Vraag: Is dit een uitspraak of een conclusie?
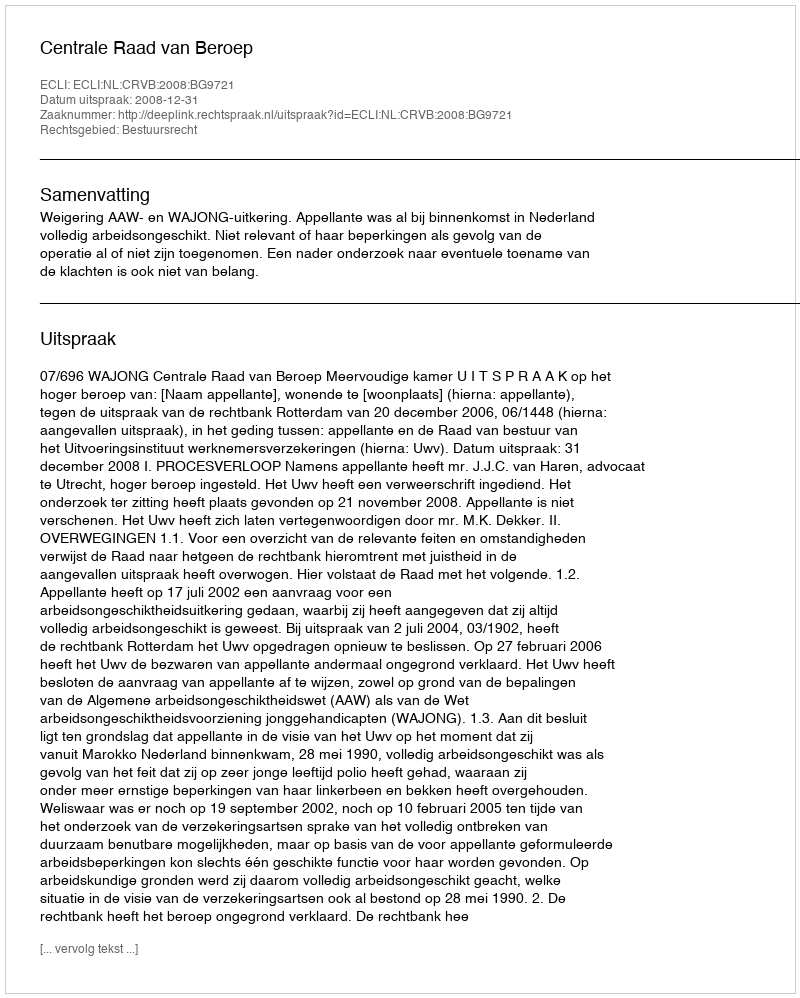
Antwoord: Uitspraak